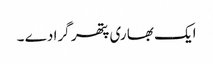
ایک بھا ری پتھر گرا دے ۔